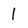
Character: 1